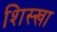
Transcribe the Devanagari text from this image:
शिस्खा